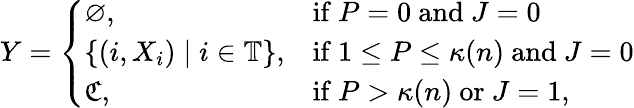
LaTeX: Y=\left\{ \begin{array}{ll}{\varnothing,}&{\mathrm{if}\ P=0\mathrm{~and~}J=0}\\ {\{ (i,X_{i})\mid i\in\mathbb{T}\} ,}&{\mathrm{if}\ 1\le P\le\kappa(n)\mathrm{~and~}J=0}\\ {\mathfrak{C},}&{\mathrm{if}\ P>\kappa(n)\mathrm{~or~}J=1,}\end{array}\right.